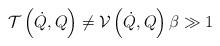
LaTeX: \begin{align*}\mathcal{T}\left( \dot{Q},Q\right) \not =\mathcal{V}\left( \dot{Q},Q\right) \beta\gg1 \end{align*}